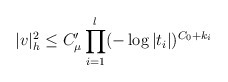
\begin{align*}|v|_h^2 \le C'_{\mu}\prod_{i=1}^l(-\log |t_i|)^{C_0+k_i}\end{align*}